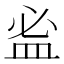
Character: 𥁑